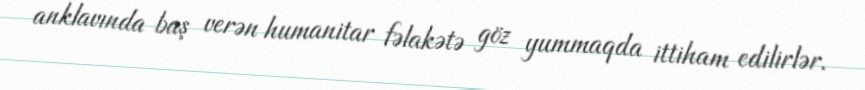
anklavında baş verən humanitar fəlakətə göz yummaqda ittiham edilirlər.